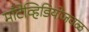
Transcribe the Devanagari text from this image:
माँटेव्हिडियोजवळ